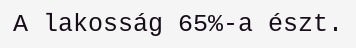
A lakosság 65%-a észt.